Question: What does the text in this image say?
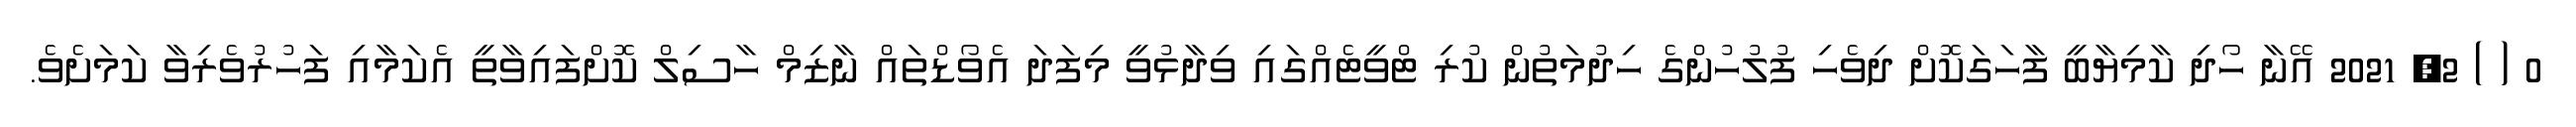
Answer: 0 ( ) 2, 2021 އޭނާ ހޯދި ކާމިޔާބީ ފާހަގަކޮށް ދިވެހި ފުލުހުންގެ ހިދުމަތުން ކުރި ޓްވީޓެއްގައި ވިދާޅުވީ މިފަދަ އެވޯޑްތައް ނާޒިމް ހާސިލް ކޮށްފައިވާތީ އެކަމާއި ފަހުރުވެރިވާ ކަމަށެވެ.